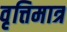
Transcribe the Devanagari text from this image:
वृत्तिमात्र